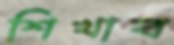
শিখাব